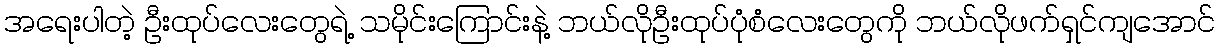
အရေးပါတဲ့ ဦးထုပ်လေးတွေရဲ့ သမိုင်းကြောင်းနဲ့ ဘယ်လိုဦးထုပ်ပုံစံလေးတွေကို ဘယ်လိုဖက်ရှင်ကျအောင်